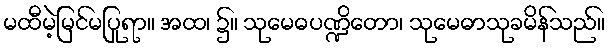
မထီမဲ့မြင်မပြုရာ။ အထ၊ ၌။ သုမေဓပဏ္ဍိတော၊ သုမေဓာသုခမိန်သည်။